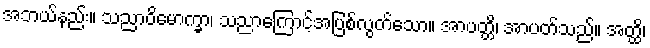
အဘယ်နည်း။ သညာဝိမောက္ခာ၊ သညာကြောင့်အပြစ်လွတ်သော။ အာပတ္တိ၊ အာပတ်သည်။ အတ္ထိ၊